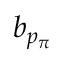
b _ { p _ { \pi } }